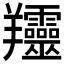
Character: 𦏰